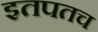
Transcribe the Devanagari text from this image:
इतपतच